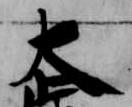
大